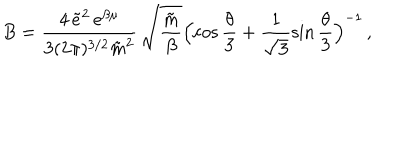
B = \frac { 4 \, \tilde { e } ^ { 2 } \, e ^ { \beta \mu } } { 3 ( 2 \pi ) ^ { 3 / 2 } \tilde { m } ^ { 2 } } \, \sqrt { \frac { \tilde { m } } { \beta } } \Bigl ( \cos \frac { \theta } { 3 } + \frac { 1 } { \sqrt { 3 } } \sin \frac { \theta } { 3 } \Bigr ) ^ { - 1 } \, ,